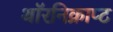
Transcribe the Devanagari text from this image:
थॉरनिक्राप्ट